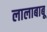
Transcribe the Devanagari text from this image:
लालाबाबू